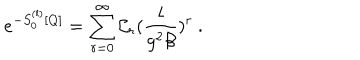
e ^ { - S _ { 0 } ^ { ( l ) } [ Q ] } = \sum _ { r = 0 } ^ { \infty } { \cal C } _ { r } ( \frac { l } { g ^ { 2 } \beta } ) ^ { r } \ .